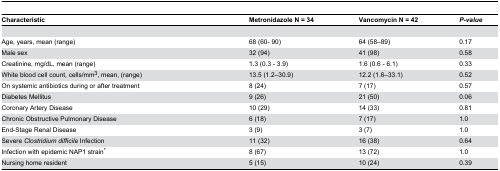
| Characteristic | Metronidazole N = 34 | Vancomycin N = 42 | P-value |
 | --- | --- | --- | --- |
 | Age, years, mean (range) | 68 (60- 90) | 64 (58–89) | 0.17 |
 | Male sex | 32 (94) | 41 (98) | 0.58 |
 | Creatinine, mg/dL, mean (range) | 1.3 (0.3 - 3.9) | 1.6 (0.6 - 6.1) | 0.33 |
 | White blood cell count, cells/mm3, mean, (range) | 13.5 (1.2–30.9) | 12.2 (1.6–33.1) | 0.52 |
 | On systemic antibiotics during or after treatment | 8 (24) | 7 (17) | 0.57 |
 | Diabetes Mellitus | 9 (26) | 21 (50) | 0.06 |
 | Coronary Artery Disease | 10 (29) | 14 (33) | 0.81 |
 | Chronic Obstructive Pulmonary Disease | 6 (18) | 7 (17) | 1.0 |
 | End-Stage Renal Disease | 3 (9) | 3 (7) | 1.0 |
 | Severe Clostridium difficile Infection | 11 (32) | 16 (38) | 0.64 |
 | Infection with epidemic NAP1 strain* | 8 (67) | 13 (72) | 1.0 |
 | Nursing home resident | 5 (15) | 10 (24) | 0.39 |